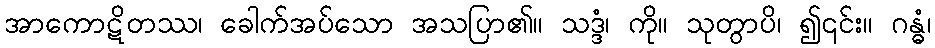
အာကောဋိတဿ၊ ခေါက်အပ်သော အသပြာ၏။ သဒ္ဒံ၊ ကို။ သုတွာပိ၊ ၍၎င်း။ ဂန္ဓံ၊